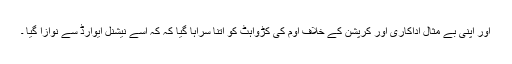
اور اپنی بے مثال اداکاری اور کرپشن کے خلاف اوم کی کڑواہٹ کو اتنا سراہا گیا کہ کہ اسے نیشنل ایوارڈ سے نوازا گیا ۔